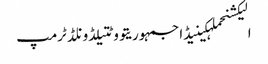
الیکشنحملہکینیڈاجمہوریتووٹتیلڈونلڈ ٹرمپ